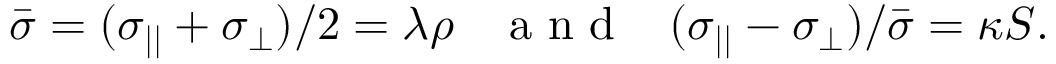
\begin{array} { r } { \bar { \sigma } = ( \sigma _ { | | } + \sigma _ { \bot } ) / 2 = \lambda \rho \; \; \; \mathrm { ~ a ~ n ~ d ~ } \; \; \; ( \sigma _ { | | } - \sigma _ { \bot } ) / \bar { \sigma } = \kappa S . } \end{array}